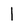
Character: 1